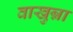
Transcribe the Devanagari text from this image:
वाखुन्ना